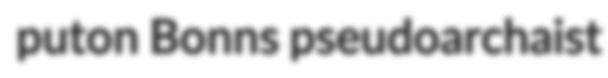
puton Bonns pseudoarchaist